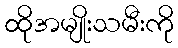
ထိုအမျိုးသမီးကို